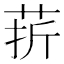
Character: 䓆